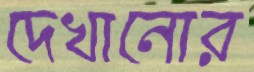
দেখানোর